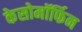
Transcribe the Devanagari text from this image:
केसोमॉर्फिन